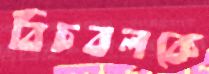
বিচবলকে